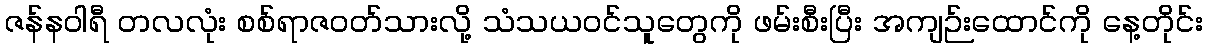
ဇန်နဝါရီ တလလုံး စစ်ရာဇဝတ်သားလို့ သံသယဝင်သူတွေကို ဖမ်းစီးပြီး အကျဉ်းထောင်ကို နေ့တိုင်း